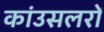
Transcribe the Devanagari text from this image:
कांउसलरों